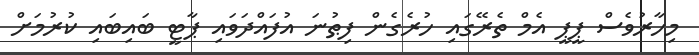
މިހާރުވެސް ޕީޕީ އެމް ތެރޭގައި ހުރެގެން ފިޠުނަ އުފައްދަވައި ޕާޓީ ބައިބައި ކުރުމަށް